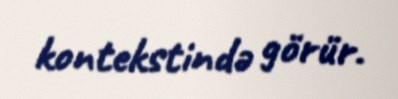
kontekstində görür.